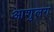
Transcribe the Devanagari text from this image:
आशुलग